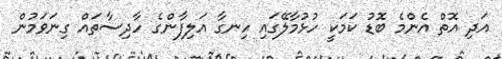
އަދި އޮތް އެންމެ ބޮޑު ކަމަކީ ހުޅުމާލޭގައި ހިނގާ އަލިފާންގެ ހާދިސާތައް ގިނަވަމުން